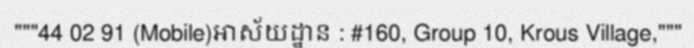
"""44 02 91 (Mobile)អាស័យដ្ឋាន : #160, Group 10, Krous Village,"""